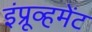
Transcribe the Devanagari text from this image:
इंप्रूव्हमेंट